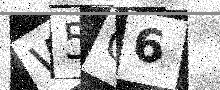
Text: W5Q6